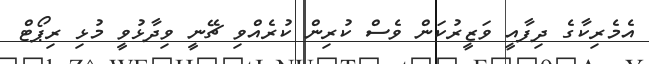
އެމެރިކާގެ ދިފާއީ ވަޒީރުކަން ވެސް ކުރިން ކުރެއްވި ޗޭނީ ވިދާޅުވީ މުޅި ރިޕޯޓް